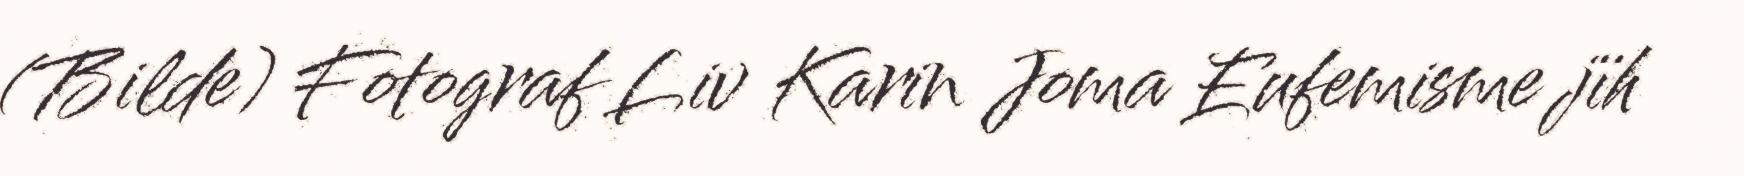
(Bilde) Fotograf Liv Karin Joma Eufemisme jïh